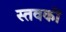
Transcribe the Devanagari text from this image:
स्तवकों